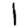
Digit: 1